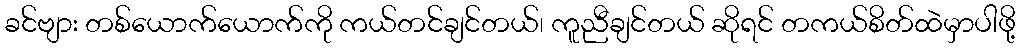
ခင်ဗျား တစ်ယောက်ယောက်ကို ကယ်တင်ချင်တယ်၊ ကူညီချင်တယ် ဆိုရင် တကယ်စိတ်ထဲမှာပါဖို့